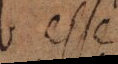
b esse